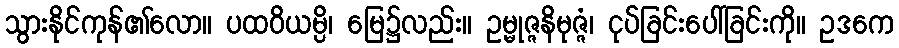
သွားနိုင်ကုန်၏လော။ ပထဝိယမ္ပိ၊ မြေ၌လည်း။ ဥမ္မုဇ္ဇနိမုဇ္ဇံ၊ ငုပ်ခြင်းပေါ်ခြင်းကို။ ဥဒကေ